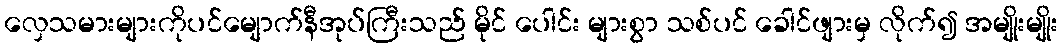
လှေသမားများကိုပင်မျောက်နီအုပ်ကြီးသည် မိုင် ပေါင်း များစွာ သစ်ပင် ခေါင်ဖျားမှ လိုက်၍ အမျိုးမျိုး